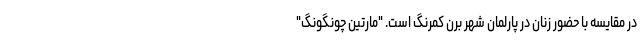
در مقایسه با حضور زنان در پارلمان شهر برن کمرنگ است. "مارتین چونگونگ"